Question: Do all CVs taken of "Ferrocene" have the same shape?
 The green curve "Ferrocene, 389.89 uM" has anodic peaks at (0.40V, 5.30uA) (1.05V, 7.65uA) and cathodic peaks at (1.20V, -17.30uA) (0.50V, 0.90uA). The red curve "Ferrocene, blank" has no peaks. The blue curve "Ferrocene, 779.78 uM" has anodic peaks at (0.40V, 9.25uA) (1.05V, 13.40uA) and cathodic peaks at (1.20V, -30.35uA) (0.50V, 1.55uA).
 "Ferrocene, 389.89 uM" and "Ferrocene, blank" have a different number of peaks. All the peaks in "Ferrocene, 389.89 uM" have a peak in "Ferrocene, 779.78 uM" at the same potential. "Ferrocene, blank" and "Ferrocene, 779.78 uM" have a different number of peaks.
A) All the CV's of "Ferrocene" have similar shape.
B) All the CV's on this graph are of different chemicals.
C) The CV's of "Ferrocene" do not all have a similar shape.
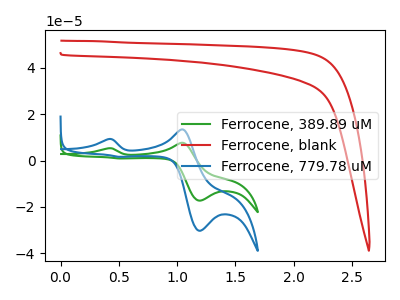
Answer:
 <answer>A) All the CV's of "Ferrocene" have similar shape.</answer>
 <eval>A</eval>